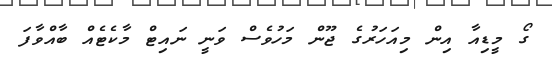
ގޯ މީޑިއާ އިން މިއަހަރުގެ ޖޫން މަހުވެސް ވަނީ ނައިޓް މާކެޓެއް ބާއްވާފަ